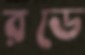
রডে